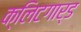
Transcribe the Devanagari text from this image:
क्लिटगार्ड